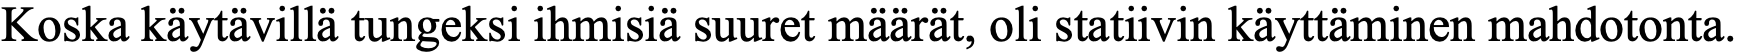
Koska käytävillä tungeksi ihmisiä suuret määrät, oli statiivin käyttäminen mahdotonta.